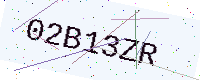
Text: 02B13ZR